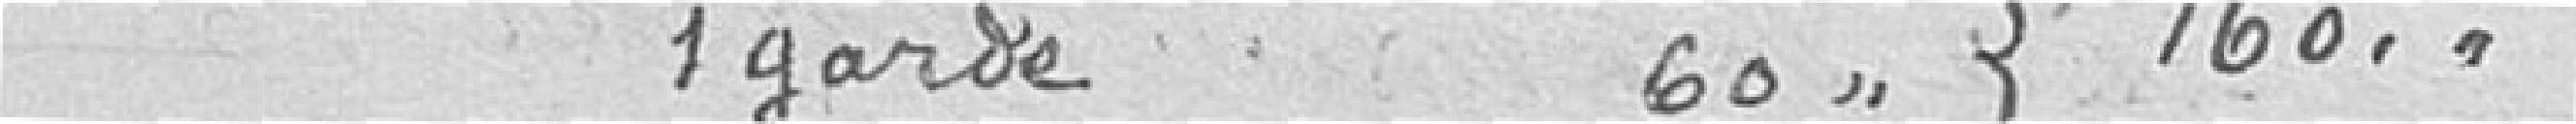
1 garde 60 { 160